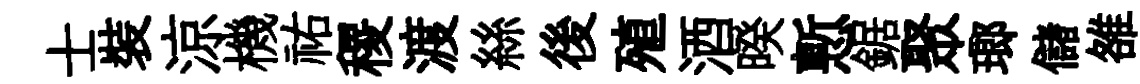
士裝涼機祐稷渡絲後殖酒暌慙鋸聚瑯儲雒